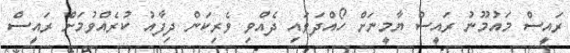
ރައީސް މައުމޫނު ރައީސް ޔާމީނަށް ހޯއްދަވައި ދެއްވި ވެރިކަން ދިފާއު ކުރެއްވުމަށް ރައީސް